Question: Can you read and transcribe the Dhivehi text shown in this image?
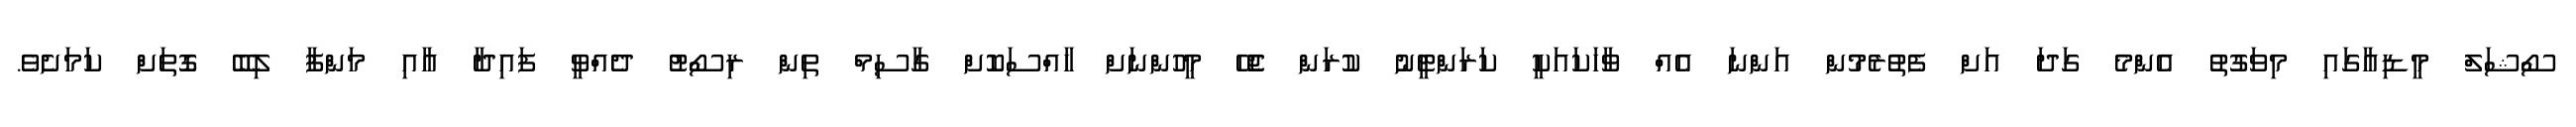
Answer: ސޯޝަލް މީޑިއާގައި މިވަގުތު އެންމެ ގަދަ އަށް ފެތުރެމުން އަންނަ އެއް ވާހަކައަކީ ކަރަންޓީނު ކުރަން ޖެހޭ މީހުންނަށް ހާއްސަކޮށް ގާސިމް ތިން ރިސޯޓު ދެއްވީ ފައިދާ އާއި މަންފާ ލިބޭ ގޮތަށް ކަމަށެވެ.